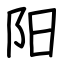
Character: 阳